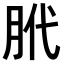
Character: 𫆛